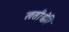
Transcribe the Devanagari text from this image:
लसीश्वेति